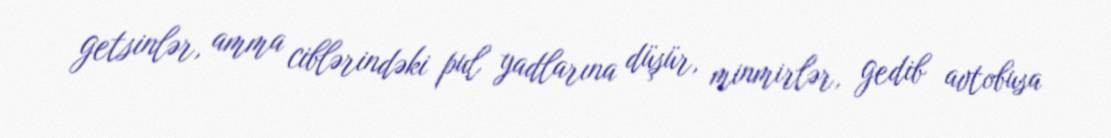
getsinlər, amma ciblərindəki pul yadlarına düşür, minmirlər, gedib avtobusa